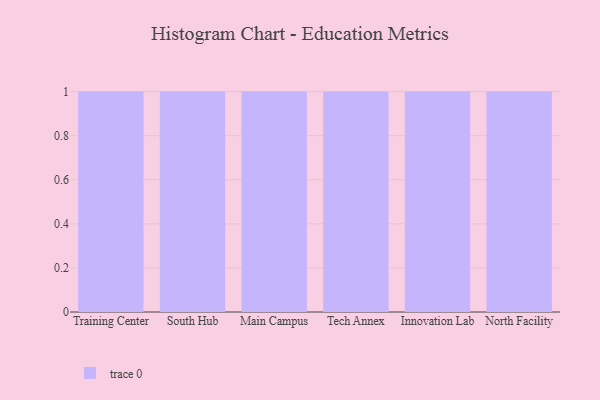
{"axis": {"x": "Campus", "y": "Revenue (USD Million)"}, "legend": [""], "data": [{"x": "Training Center", "y": 55, "type": ""}, {"x": "South Hub", "y": 9, "type": ""}, {"x": "Main Campus", "y": 83, "type": ""}, {"x": "Tech Annex", "y": 1, "type": ""}, {"x": "Innovation Lab", "y": 25, "type": ""}, {"x": "North Facility", "y": 17, "type": ""}]}